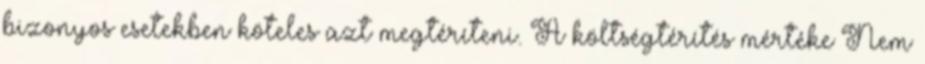
bizonyos esetekben köteles azt megtéríteni. A költségtérítés mértéke Nem